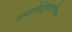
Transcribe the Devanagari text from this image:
लगानेहेतुप्रारम्भिक